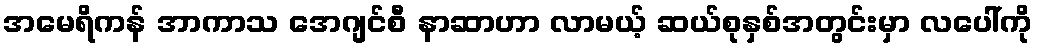
အမေရိကန် အာကာသ အေဂျင်စီ နာဆာဟာ လာမယ့် ဆယ်စုနှစ်အတွင်းမှာ လပေါ်ကို